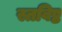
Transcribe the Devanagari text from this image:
स्तविष्ठ